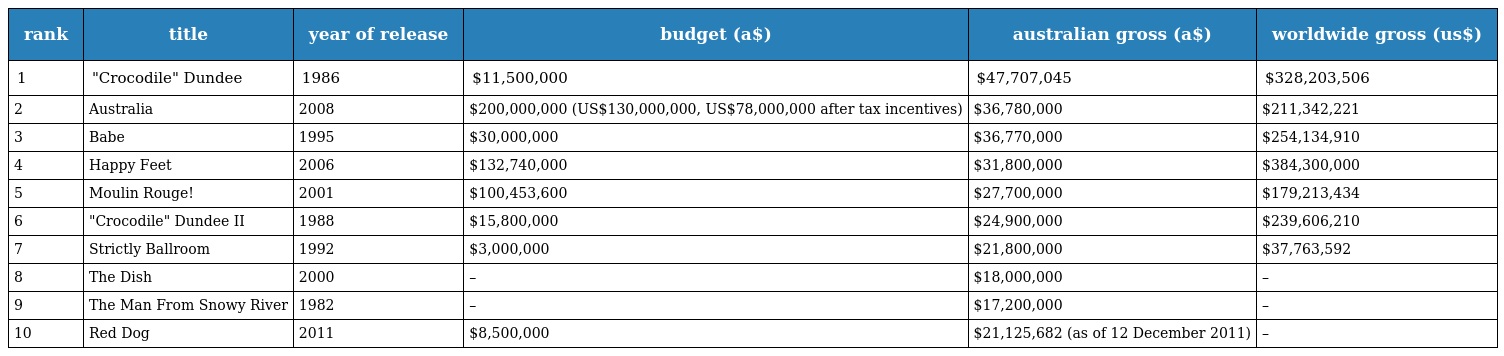
| rank | title | year of release | budget (a$) | australian gross (a$) | worldwide gross (us$) |
 | --- | --- | --- | --- | --- | --- |
 | 1 | "Crocodile" Dundee | 1986 | $11,500,000 | $47,707,045 | $328,203,506 |
 | 2 | Australia | 2008 | $200,000,000 (US$130,000,000, US$78,000,000 after tax incentives) | $36,780,000 | $211,342,221 |
 | 3 | Babe | 1995 | $30,000,000 | $36,770,000 | $254,134,910 |
 | 4 | Happy Feet | 2006 | $132,740,000 | $31,800,000 | $384,300,000 |
 | 5 | Moulin Rouge! | 2001 | $100,453,600 | $27,700,000 | $179,213,434 |
 | 6 | "Crocodile" Dundee II | 1988 | $15,800,000 | $24,900,000 | $239,606,210 |
 | 7 | Strictly Ballroom | 1992 | $3,000,000 | $21,800,000 | $37,763,592 |
 | 8 | The Dish | 2000 | – | $18,000,000 | – |
 | 9 | The Man From Snowy River | 1982 | – | $17,200,000 | – |
 | 10 | Red Dog | 2011 | $8,500,000 | $21,125,682 (as of 12 December 2011) | – |